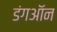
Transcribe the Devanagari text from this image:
डंगऑन